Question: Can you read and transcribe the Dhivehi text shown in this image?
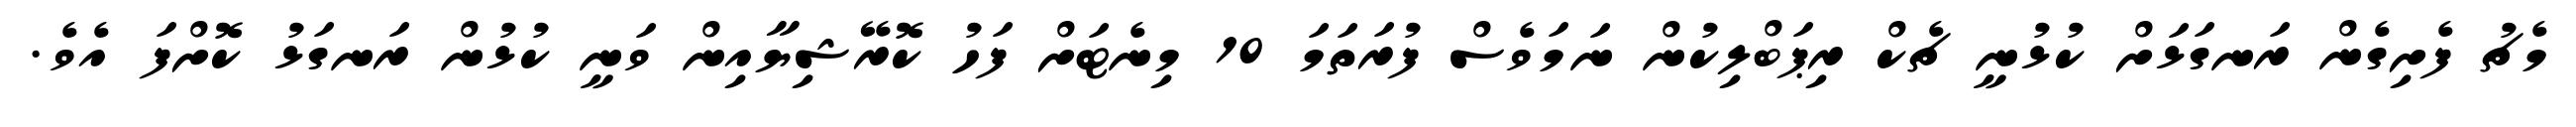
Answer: މެޗު ފެށިގެން ރަނގަޅަށް ކުޅުނީ ޗެކް ރިޕަބްލިކުން ނަމަވެސް ފުރަތަމަ 10 މިނެޓަށް ފަހު ކޮރޭޝިޔާއިން ވަނީ ކުޅުން ރަނގަޅު ކޮށްފަ އެވެ.